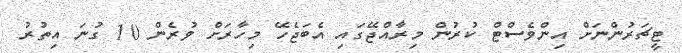
ޓީޗަރުންނަށް އިންވެސްޓް ކުރުން މިރާއްޖޭގައި އެބަޖެހޭ މިހާރަށް ވުރެން 10 ގުނަ އިތުރު